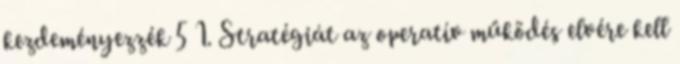
kezdeményezzék 5 1. Stratégiát az operatív működés elvére kell